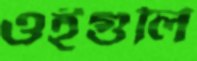
ওইগুলি